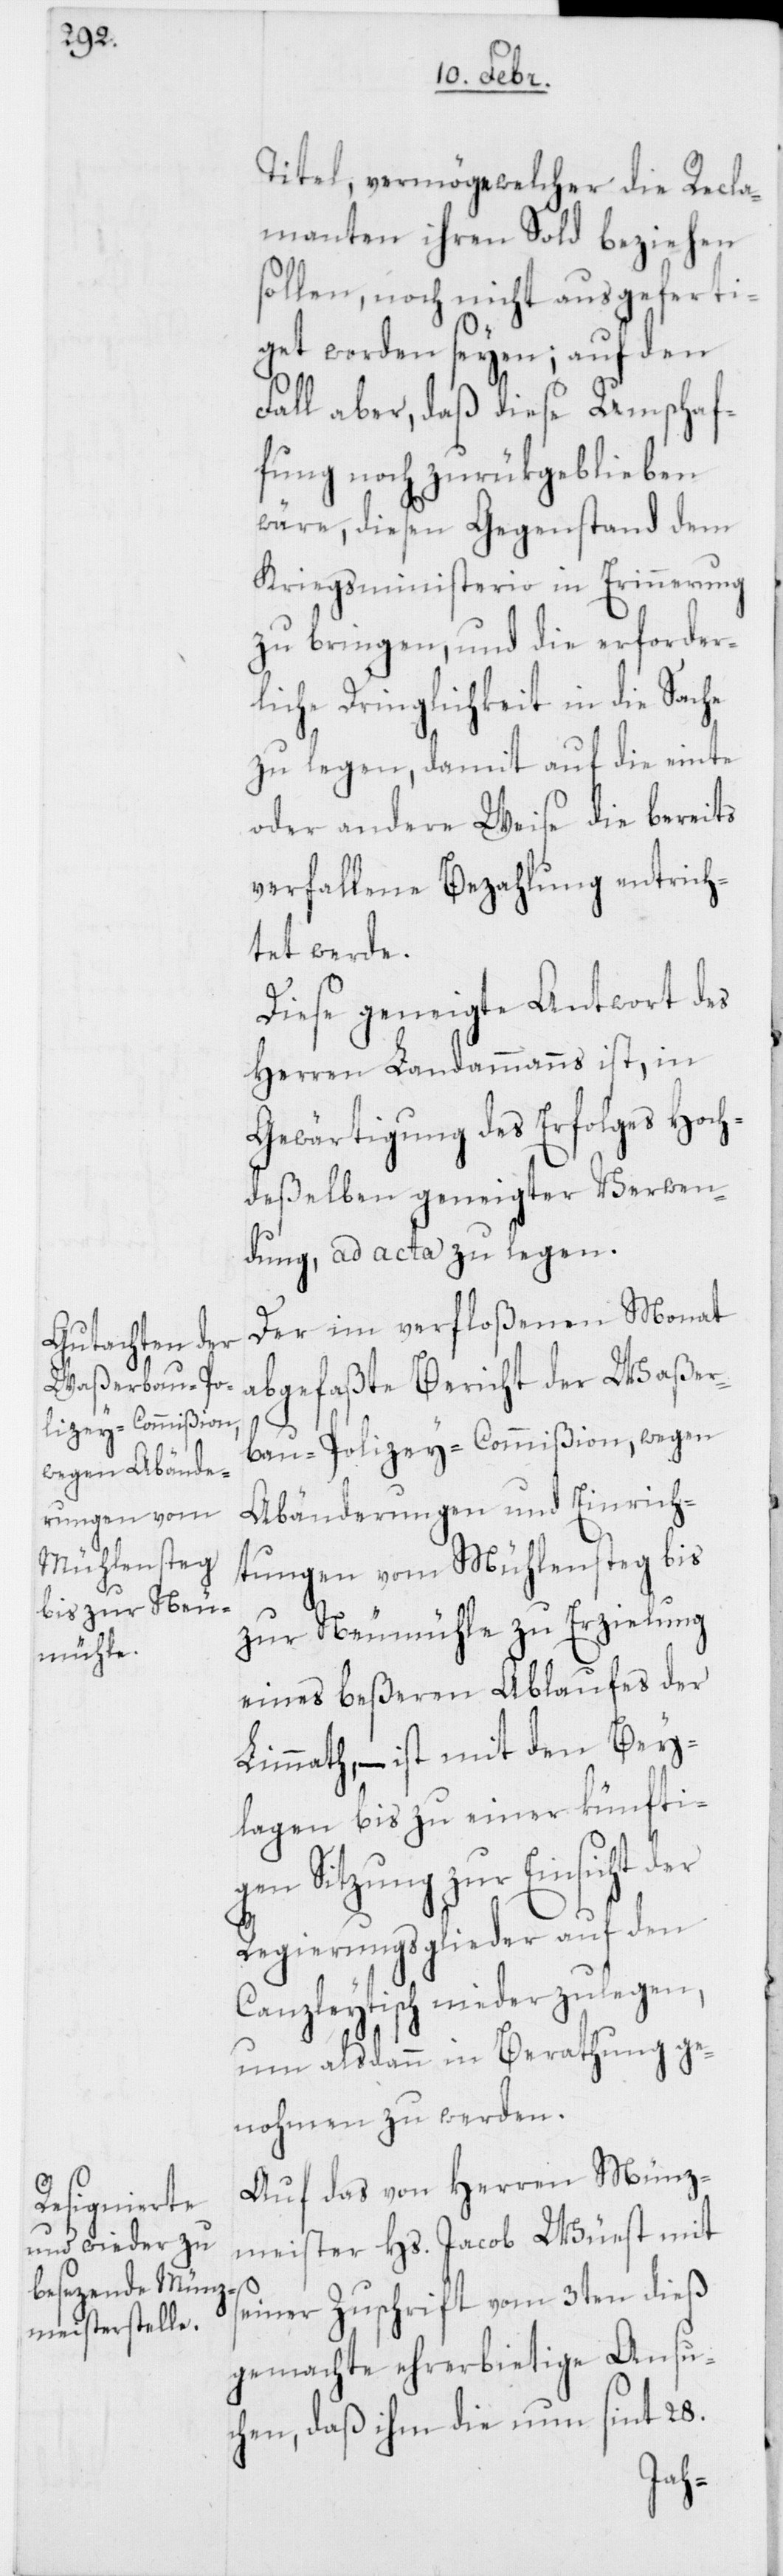
Titel, vermöge welcher die Recla¬
manten ihren Sold beziehen
sollen, noch nicht ausgeferti¬
get worden seyen; auf den
Fall aber, daß diese Umschaf¬
fung noch zurükgeblieben
wäre, diesen Gegenstand dem
Kriegsministerio in Erinnerung
zu bringen, und die erforder¬
liche Dringlichkeit in die Sache
zu legen, damit auf die einte
oder andere Weise die bereits
verfallene Bezahlung entrich¬
tet werde.
Diese geneigte Antwort des
Herren Landammanns ist, in
Gewärtigung des Erfolges Hoch¬
deßelben geneigter Verwen¬
dung, ad acta zu legen.
Der im verfloßenen Monat
abgefaßte Bericht der Waßer¬
bau-Polizey-Commißion, wegen
Abänderungen und Einrich¬
tungen vom Mühlensteg bis
zur Neumühle zu Erzielung
eines beßeren Ablaufes der
Limmath, – ist mit den Bey¬
lagen bis zu einer künfti¬
gen Sitzung zur Einsicht der
Regierungsglieder auf den
Canzleytisch niederzulegen,
um alsdann in Berathung ge¬
nohmen zu werden.
Auf das von Herren Münz¬
meister Hs. Jacob Wüest mit
seiner Zuschrift vom 3ten dieß
gemachte ehrerbietige Ansuc¬
hen, daß ihm die nun sint 28.